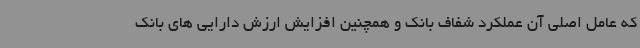
که عامل اصلی آن عملکرد شفاف بانک و همچنین افزایش ارزش دارایی های بانک